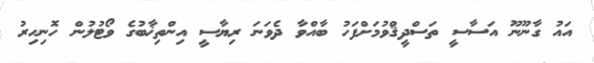
އައު ގާނޫނޫ އަސާސީ ތަސްދީޤްވުމަށްފަހު ބާއްވާ ދެވަނަ ރިޔާސީ އިންތިޚާބުގެ ވޯޓުލުން ހޮނިހިރު